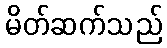
မိတ်ဆက်သည်